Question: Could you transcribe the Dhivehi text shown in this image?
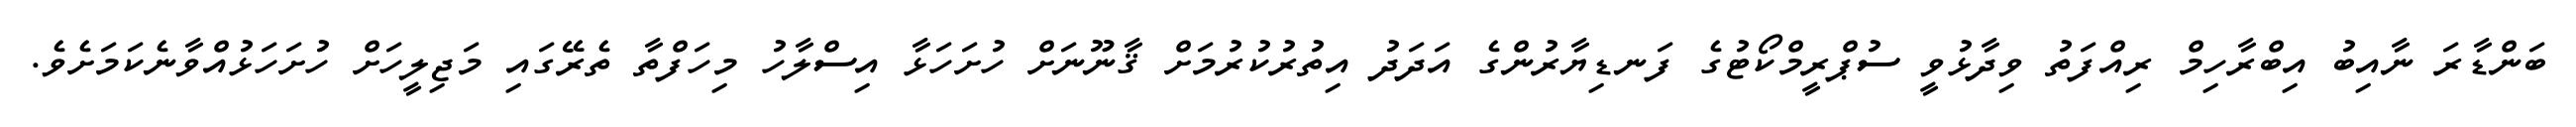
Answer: ބަންޑާރަ ނާއިބު އިބްރާހިމް ރިއްފަތު ވިދާޅުވީ ސުޕްރީމްކޯޓުގެ ފަނޑިޔާރުންގެ އަދަދު އިތުރުކުރުމަށް ޤާނޫނަށް ހުށަހަޅާ އިސްލާހު މިހަފްތާ ތެރޭގައި މަޖިލީހަށް ހުށަހަޅުއްވާނެކަމަށެވެ.